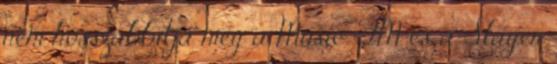
nem hosszabbítja meg a Music FM és a Sláger